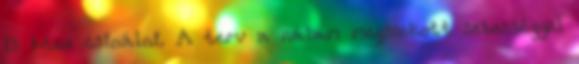
is kéne csinálni. A terv a nálam megszokott sebességgel